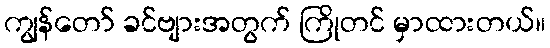
ကျွန်တော် ခင်ဗျားအတွက် ကြိုတင် မှာထားတယ်။